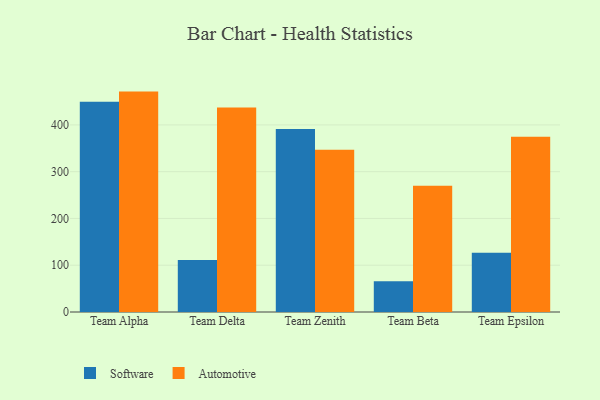
{"axis": {"x": "Team", "y": "Net Income (USD K)"}, "legend": ["Automotive", "Software"], "data": [{"x": "Team Alpha", "y": 449.6, "type": "Software"}, {"x": "Team Alpha", "y": 471.2, "type": "Automotive"}, {"x": "Team Delta", "y": 111.1, "type": "Software"}, {"x": "Team Delta", "y": 437.4, "type": "Automotive"}, {"x": "Team Zenith", "y": 391.4, "type": "Software"}, {"x": "Team Zenith", "y": 346.9, "type": "Automotive"}, {"x": "Team Beta", "y": 65.7, "type": "Software"}, {"x": "Team Beta", "y": 269.8, "type": "Automotive"}, {"x": "Team Epsilon", "y": 126.8, "type": "Software"}, {"x": "Team Epsilon", "y": 374.6, "type": "Automotive"}]}